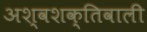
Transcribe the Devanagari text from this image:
अश्वशक्तिवाली